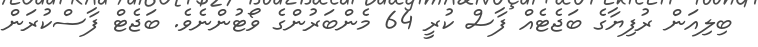
ބިލިއަން ރުފިޔާގެ ބަޖެޓެއް ފާސް ކުރީ 64 މެންބަރުންގެ ވޯޓުންނެވެ. ބަޖެޓް ފާސްކުރަން